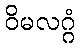
ဝိမလဂ္ဂံ